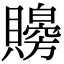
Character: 𧸨